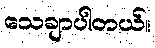
သေချာပါတယ်။